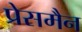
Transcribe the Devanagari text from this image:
प्रेसमैन